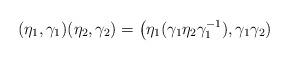
LaTeX: \begin{align*}(\eta_1, \gamma_1)(\eta_2, \gamma_2) = \bigl( \eta_1(\gamma_1 \eta_2 \gamma_1^{-1}), \gamma_1 \gamma_2)\end{align*}